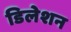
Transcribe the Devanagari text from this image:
डिलेशन